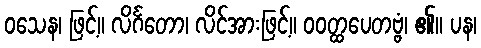
ဝသေန၊ ဖြင့်။ လိင်္ဂတော၊ လိင်အားဖြင့်။ ဝဝတ္ထပေတဗ္ဗံ၊ ၏။ ပန၊